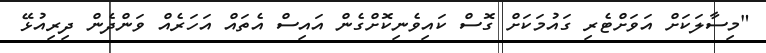
"މިސާލަކަށް އަވަށްޓެރި ގައުމަކަށް ގޮސް ކައިވެނިކޮށްގެން އައިސް އެތައް އަހަރެއް ވަންދެން ދިރިއުޅޭ